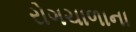
રોગચાળાના